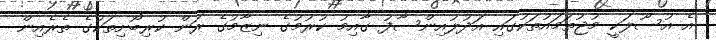
އެ އުސޫލަކީ މުޖުތަމައުތަކުގައި އަދުލުއިންސާފު ގާއިމު ކުރުމުގެ ނިޒާމުގެ ރަން ކުރިބޯށިތަކުގެ ތެރެއިން